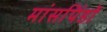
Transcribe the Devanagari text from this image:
मांसपिंडों